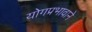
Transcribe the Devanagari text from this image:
योगप्रभावाने